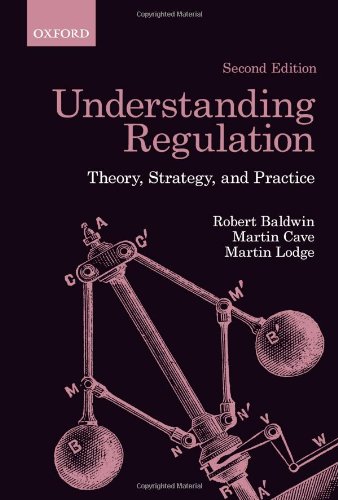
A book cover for Understanding Regulation: Theory, Strategy, and Practice, 2nd Edition; Robert Baldwin; Law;